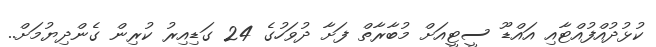
ކުޅުދުއްފުއްޓާއި އައްޑޫ ސީޓީއަށް މުބާރާތް ފަށާ ދުވަހުގެ 24 ގަޑިއިރު ކުރިން ގެންދިޔުމަށް..